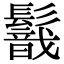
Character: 𩯈